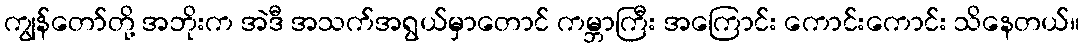
ကျွန်တော်တို့ အဘိုးက အဲဒီ အသက်အရွယ်မှာတောင် ကမ္ဘာကြီး အကြောင်း ကောင်းကောင်း သိနေတယ်။